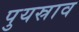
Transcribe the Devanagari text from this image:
पुयस्राव